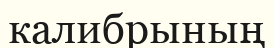
калибрының